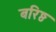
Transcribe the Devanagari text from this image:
बरिष्ठ